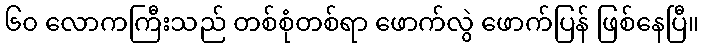
၆၀ လောကကြီးသည် တစ်စုံတစ်ရာ ဖောက်လွဲ ဖောက်ပြန် ဖြစ်နေပြီ။